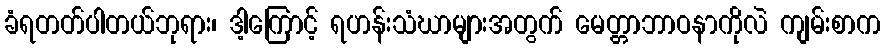
ခံရတတ်ပါတယ်ဘုရား၊ ဒါ့ကြောင့် ရဟန်းသံဃာများအတွက် မေတ္တာဘာဝနာကိုလဲ ကျမ်းစာက